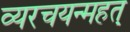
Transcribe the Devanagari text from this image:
व्यरचयन्महत्